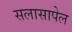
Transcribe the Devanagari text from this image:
सलासापेल